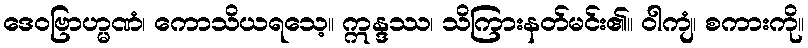
ဒေဝဗြာဟ္မဏံ၊ ကောသိယရသေ့။ ဣန္ဒဿ၊ သိကြားနတ်မင်း၏။ ဝါကျံ၊ စကားကို။